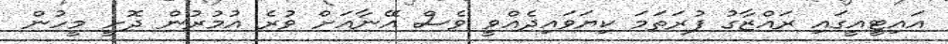
އައިޓީއީގައި ރައްޒާގު ފުރަތަމަ ކިޔަވައިދެއްވީ ވެސް އޭނާއަށް ވުރެ އުމުރުން ދޮށީ މީހުން